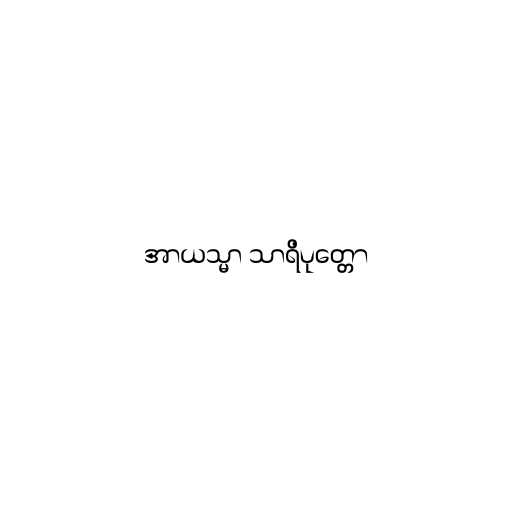
အာယသ္မာ သာရိပုတ္တော